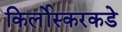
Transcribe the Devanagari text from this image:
किर्लोस्करकडे